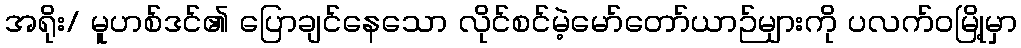
အရိုး/ မူဟစ်ဒင်၏ ပြောချင်နေသော လိုင်စင်မဲ့မော်တော်ယာဉ်များကို ပလက်ဝမြို့မှာ